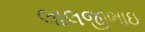
લાલજીભાઇ